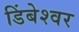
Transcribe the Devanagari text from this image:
डिंबेश्वर